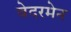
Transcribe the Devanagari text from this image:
वेदरमेन